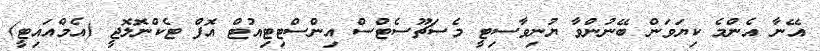
އޭނާ އެންމެ ކިޔަވަން ބޭނުންވާ ޔުނިވާސިޓީ މެސަޗޫސެޓްސް އިންސްޓިޓިއުޓް އޮފް ޓެކްނޮލޮޖީ (އެމްއައިޓީ)